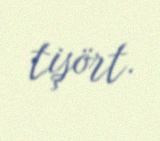
tişört.